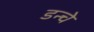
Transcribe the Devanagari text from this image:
डन्चे